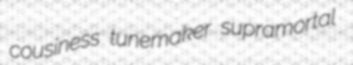
cousiness tunemaker supramortal